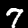
Digit: 7